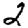
Digit: 2